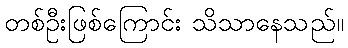
တစ်ဦးဖြစ်ကြောင်း သိသာနေသည်။